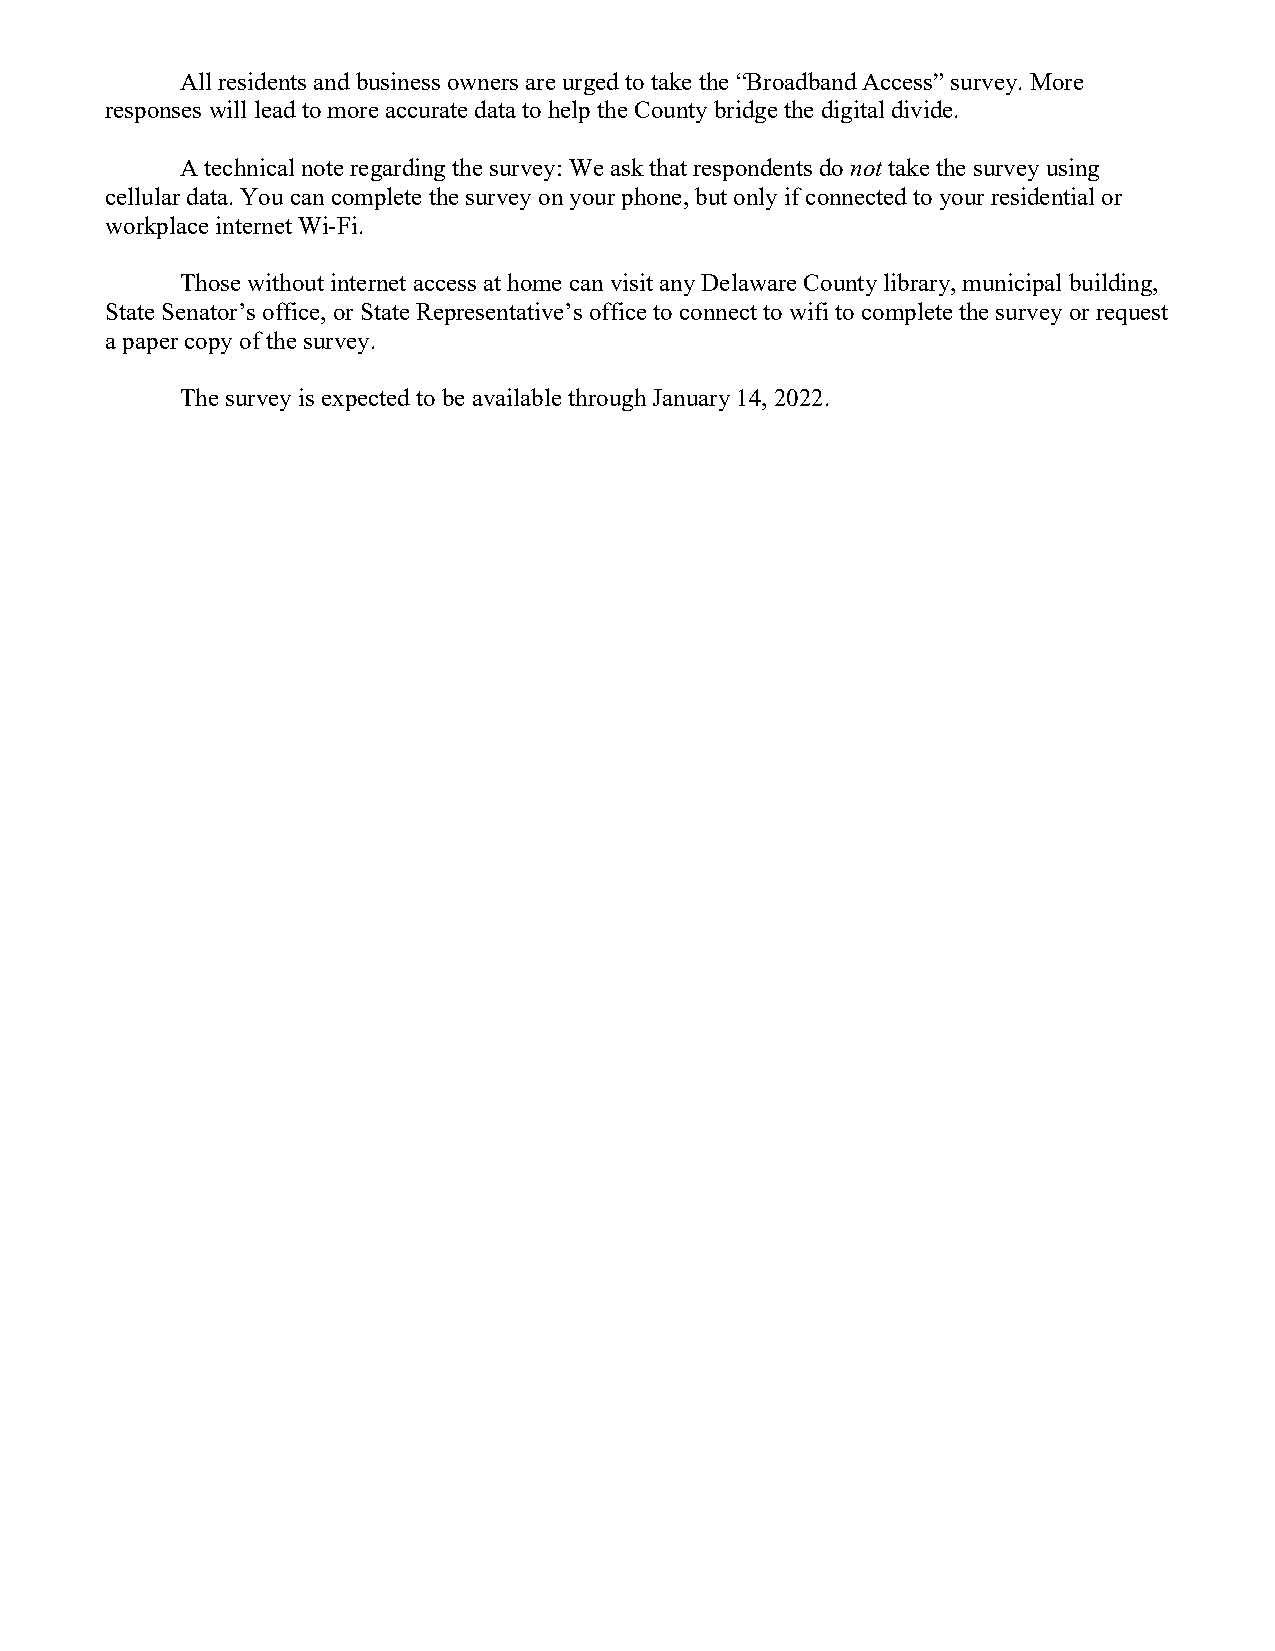
All residents and business owners are urged to take the “Broadband Access” survey. More
 responses will lead to more accurate data to help the County bridge the digital divide.
 A technical note regarding the survey: We ask that respondents do not take the survey using
 cellular data. You can complete the survey on your phone, but only if connected to your residential or
 workplace internet Wi-Fi.
 Those without internet access at home can visit any Delaware County library, municipal building,
 State Senator’s office, or State Representative’s office to connect to wifi to complete the survey or request
 a paper copy of the survey.
 The survey is expected to be available through January 14, 2022.